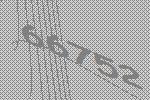
66752